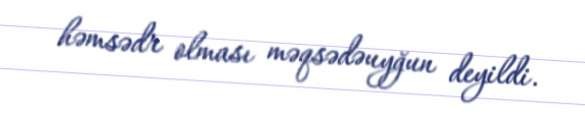
həmsədr olması məqsədəuyğun deyildi.